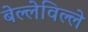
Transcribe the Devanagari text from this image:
बेल्लेविल्ले